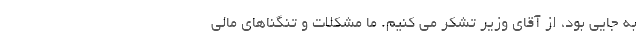
به جایی بود، از آقای وزیر تشکر می کنیم. ما مشکلات و تنگناهای مالی